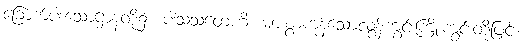
ခြောက်ပါးသောဌာနတို့၌။ ပါသသတေဟိ၊ များစွာကုန်သောလွန်ကွင်းကြိုးကွင်းတို့ဖြင့်။